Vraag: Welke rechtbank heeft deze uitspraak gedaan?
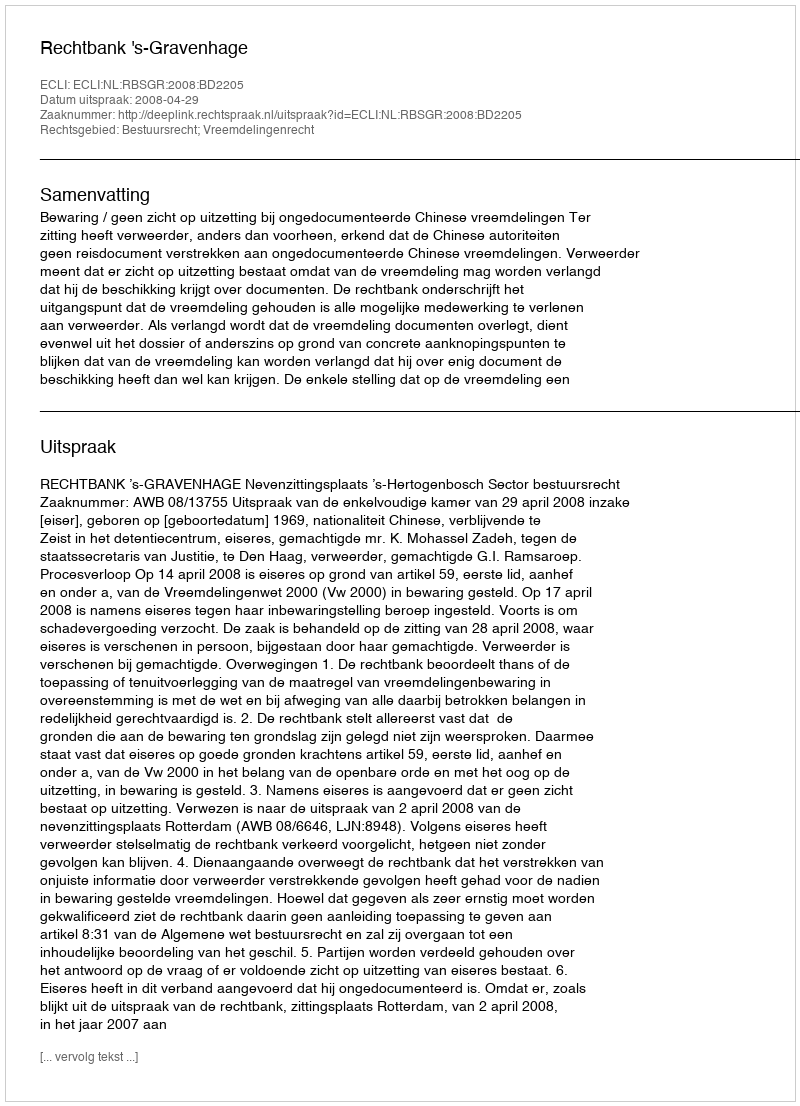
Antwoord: Rechtbank 's-Gravenhage